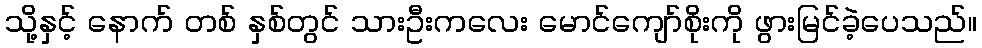
သို့နှင့် နောက် တစ် နှစ်တွင် သားဦးကလေး မောင်ကျော်စိုးကို ဖွားမြင်ခဲ့ပေသည်။